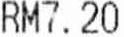
RM7.20